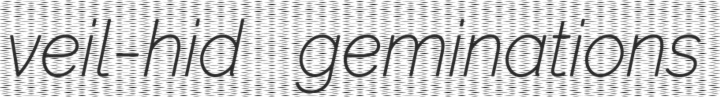
veil-hid geminations